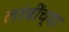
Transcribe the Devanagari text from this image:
लांबींच्या